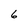
Character: 6